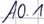
Text: A0.1